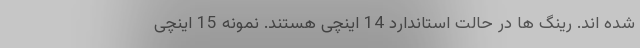
شده اند. رینگ ها در حالت استاندارد 14 اینچی هستند. نمونه 15 اینچی